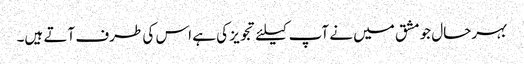
بہرحال جو مشق میں نے آپ کیلئے تجویز کی ہے اس کی طرف آتے ہیں۔